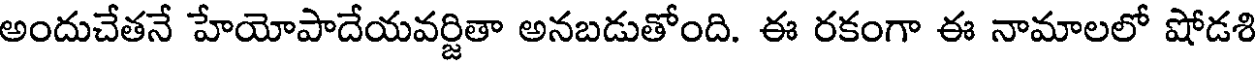
అందుచేతనే హేయోపాదేయవర్జితా అనబడుతోంది. ఈ రకంగా ఈ నామాలలో షోడశి